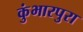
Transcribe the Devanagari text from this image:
कुंभारपुरा